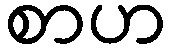
စာဟ